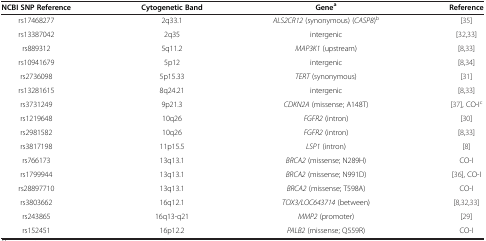
<table><thead><tr><td><b>NCBI SNP Reference</b></td><td><b>Cytogenetic Band</b></td><td><b>Gene<sup>a</sup></b></td><td><b>Reference</b></td></tr></thead><tbody><tr><td>rs17468277</td><td>2q33.1</td><td><i>ALS2CR12</i> (synonymous) (<i>CASP8</i>)<sup>b</sup></td><td>[35]</td></tr><tr><td>rs13387042</td><td>2q35</td><td>intergenic</td><td>[32,33]</td></tr><tr><td>rs889312</td><td>5q11.2</td><td><i>MAP3K1</i> (upstream)</td><td>[8,33]</td></tr><tr><td>rs10941679</td><td>5p12</td><td>intergenic</td><td>[8,34]</td></tr><tr><td>rs2736098</td><td>5p15.33</td><td><i>TERT</i> (synonymous)</td><td>[31]</td></tr><tr><td>rs13281615</td><td>8q24.21</td><td>intergenic</td><td>[8,33]</td></tr><tr><td>rs3731249</td><td>9p21.3</td><td><i>CDKN2A</i> (missense; A148T)</td><td>[37], CO-I<sup>c</sup></td></tr><tr><td>rs1219648</td><td>10q26</td><td><i>FGFR2</i> (intron)</td><td>[30]</td></tr><tr><td>rs2981582</td><td>10q26</td><td><i>FGFR2</i> (intron)</td><td>[8,33]</td></tr><tr><td>rs3817198</td><td>11p15.5</td><td><i>LSP1</i> (intron)</td><td>[8]</td></tr><tr><td>rs766173</td><td>13q13.1</td><td><i>BRCA2</i> (missense; N289H)</td><td>CO-I</td></tr><tr><td>rs1799944</td><td>13q13.1</td><td><i>BRCA2</i> (missense; N991D)</td><td>[36], CO-I</td></tr><tr><td>rs28897710</td><td>13q13.1</td><td><i>BRCA2</i> (missense; T598A)</td><td>CO-I</td></tr><tr><td>rs3803662</td><td>16q12.1</td><td><i>TOX3/LOC643714</i> (between)</td><td>[8,32,33]</td></tr><tr><td>rs243865</td><td>16q13-q21</td><td><i>MMP2</i> (promoter)</td><td>[29]</td></tr><tr><td>rs152451</td><td>16p12.2</td><td><i>PALB2</i> (missense; Q559R)</td><td>CO-I</td></tr></tbody></table>